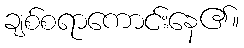
ချစ်စရာကောင်းနေ၏။